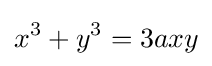
x^{3}+y^{3}=3axy